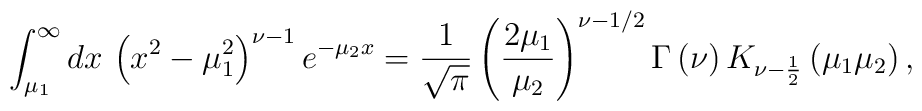
\int _{\mu _{1}}^{\infty }dx\, \left(x^{2}-\mu _{1}^{2}\right)^{\nu -1}e^{-\mu _{2}x}=\frac{1}{\sqrt{\pi }}\left(\frac{2\mu _{1}}{\mu _{2}}\right)^{\nu -1/2}\Gamma \left(\nu \right)K_{\nu -\frac{1}{2}}\left(\mu _{1}\mu _{2}\right),